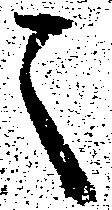
之